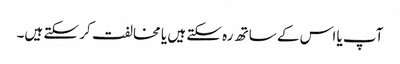
آپ یا اس کے ساتھ رہ سکتے ہیں یا مخالفت کر سکتے ہیں۔